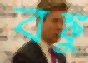
বঙ্কু